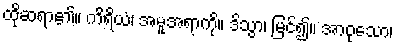
ထိုဆရာ၏။ ကိရိယံ၊ အမူအရာကို။ ဒိသွာ၊ မြင်၍။ အာဝုသော၊